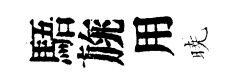
䮏旐用暁